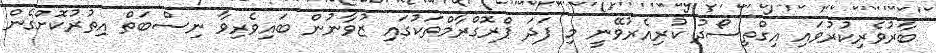
ބާރުވެރިކުރުވައި އިގްތިސޯދު ކުރިއެރުވޭނީ މި ފަދަ ޕްރޮގްރާމްތަކުގައި ޒުވާނުން ބައިވެރިވާ ނިސްބަތް އިތުރުކޮށްގެން